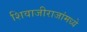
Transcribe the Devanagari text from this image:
शिवाजीराजांमध्ये